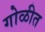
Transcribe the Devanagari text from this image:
गोळीत